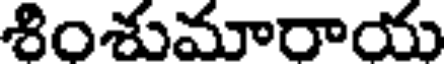
శింశుమారాయ